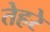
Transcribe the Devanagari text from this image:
तेहरे